Indian journal of veterinary science and animal husbandry - Volume 11,
Year: 1941
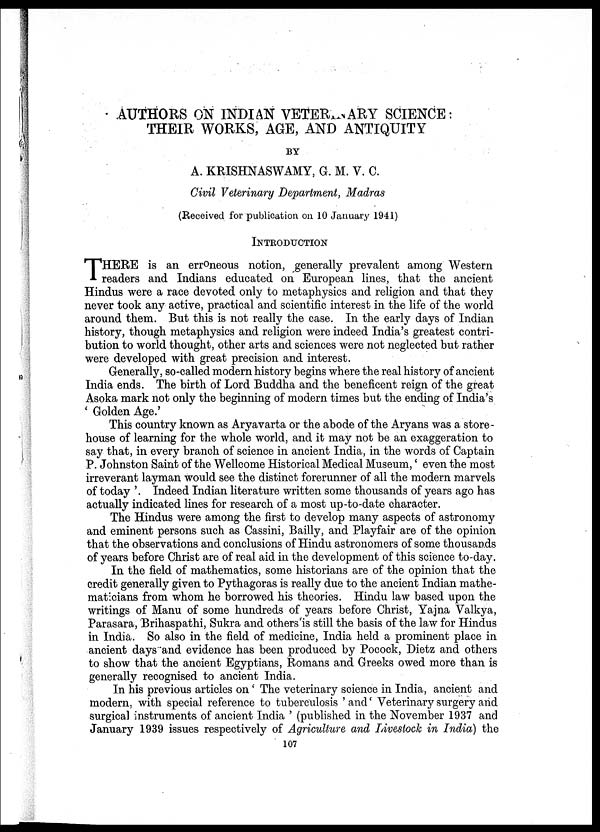
AUTHORS ON INDIAN VETERNARY SCIENCE:
THEIR WORKS, AGE, AND ANTIQUITY
BY
A. KRISHNASWAMY, G. M. V. C.
Civil Veterinary Department, Madras
(Received for publication on 10 January 1941)
INTRODUCTION
T HERE is an erroneous notion, generally prevalent among Western
readers and Indians educated on European lines, that the ancient
Hindus were a race devoted only to metaphysics and religion and that they
never took any active, practical and scientific interest in the life of the world
around them. But this is not really the case. In the early days of Indian
history, though metaphysics and religion were indeed India's greatest contri-
bution to world thought, other arts and sciences were not neglected but rather
were developed with great precision and interest.
Generally, so-called modern history begins where the real history of ancient
India ends. The birth of Lord Buddha and the beneficent reign of the great
Asoka mark not only the beginning of modern times but the ending of India's
' Golden Age.'
This country known as Aryavarta or the abode of the Aryans was a store-
house of learning for the whole world, and it may not be an exaggeration to
say that, in every branch of science in ancient India, in the words of Captain
P. Johnston Saint of the Wellcome Historical Medical Museum,' even the most
irreverant layman would see the distinct forerunner of all the modern marvels
of today '. Indeed Indian literature written some thousands of years ago has
actually indicated lines for research of a most up-to-date character.
The Hindus were among the first to develop many aspects of astronomy
and eminent persons such as Cassini, Bailly, and Playfair are of the opinion
that the observations and conclusions of Hindu astronomers of some thousands
of years before Christ are of real aid in the development of this science to-day.
In the field of mathematics, some historians are of the opinion that the
credit generally given to Pythagoras is really due to the ancient Indian mathe-
maticians from whom he borrowed his theories. Hindu law based upon the
writings of Manu of some hundreds of years before Christ, Yajna Valkya,
Parasara, Brihaspathi, Sukra and others is still the basis of the law for Hindus
in India. So also in the field of medicine, India held a prominent place in
ancient days and evidence has been produced by Pocock, Dietz and others
to show that the ancient Egyptians, Romans and Greeks owed more than is
generally recognised to ancient India.
In his previous articles on' The veterinary science in India, ancient and
modern, with special reference to tuberculosis ' and' Veterinary surgery and
surgical instruments of ancient India ' (published in the November 1937 and
January 1939 issues respectively of Agriculture and Livestock in India) the
107